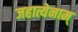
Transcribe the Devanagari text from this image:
जहात्येनाम्‌